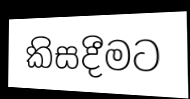
කිසදීමට